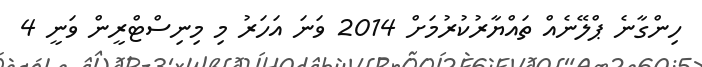
ހިންގާނެ ޕްލޭނެއް ތައްޔާރުކުރުމަށް 2014 ވަނަ އަހަރު މި މިނިސްޓްރީން ވަނީ 4